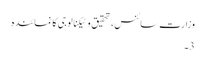
وزارت سائنس، تحقیق و ٹیکنالوجی کا نمائندہ
3۔